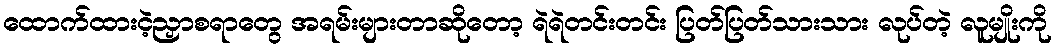
ထောက်ထားငဲ့ညှာစရာတွေ အရမ်းများတာဆိုတော့ ရဲရဲတင်းတင်း ပြတ်ပြတ်သားသား လုပ်တဲ့ လူမျိုးကို